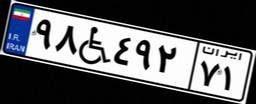
۹۸W۴۹۲۷۱